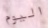
اليوم